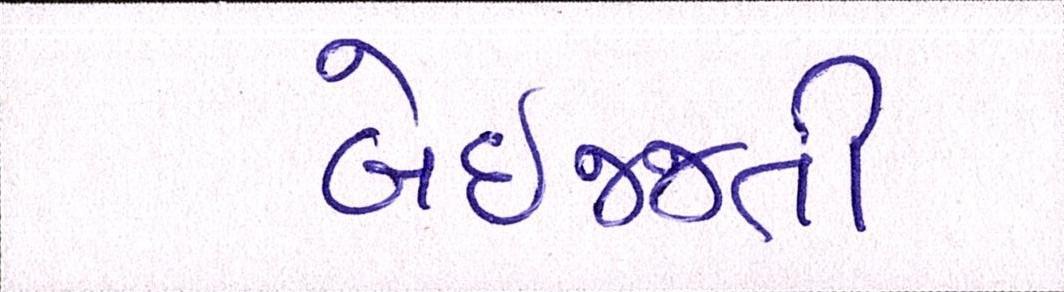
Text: બેઇજ્જતી